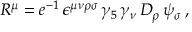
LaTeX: R ^ { \mu } = e ^ { - 1 } \, \epsilon ^ { \mu \nu \rho \sigma } \, \gamma _ { 5 } \, \gamma _ { \nu } \, D _ { \rho } \, \psi _ { \sigma } \, ,